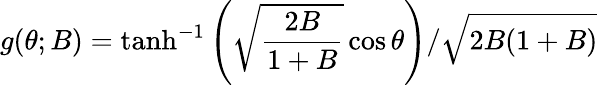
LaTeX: g(\theta;B)=\operatorname{tanh}^{-1}\left(\sqrt{\frac{2B}{1+B}}\cos\theta\right)/\sqrt{2B(1+B)}